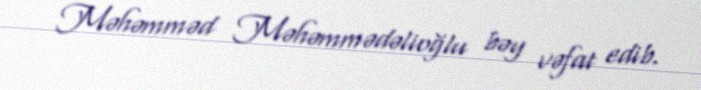
Məhəmməd Məhəmmədəlioğlu bəy vəfat edib.